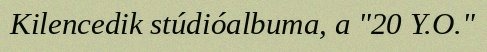
Kilencedik stúdióalbuma, a "20 Y.O."